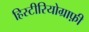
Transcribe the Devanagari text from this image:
हिस्टीरियोग्राफ़ी